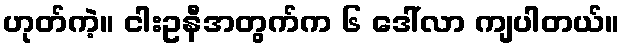
ဟုတ်ကဲ့။ ငါးဥနီအတွက်က ၆ ဒေါ်လာ ကျပါတယ်။